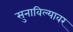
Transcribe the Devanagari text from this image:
सुनाविल्यावर